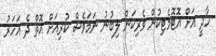
ހާދީ އަށް އޮޓޮމެޓިކުން ވެރިކަން ލިބުނު ނަމަވެސް ކުރިއަށް އޮތް ދެ އަހަރު